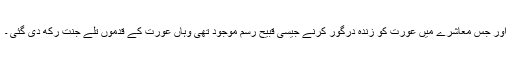
اور جس معاشرے میں عورت کو زندہ درگور کرنے جیسی قبیح رسم موجود تھی وہاں عورت کے قدموں تلے جنت رکھ دی گئی ۔